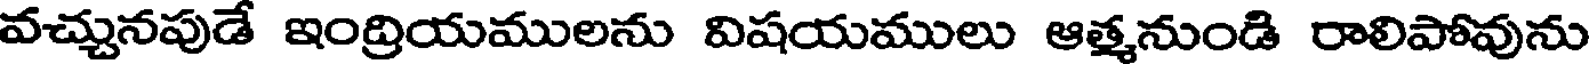
వచ్చునపుడే ఇంద్రియములను విషయములు ఆత్మనుండి రాలిపోవును